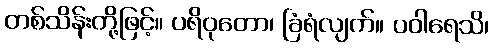
တစ်သိန်းတို့ဖြင့်။ ပရိဝုတော၊ ခြံရံလျက်။ ပဝါရေသိ၊